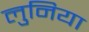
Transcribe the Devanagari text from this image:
लुनिया